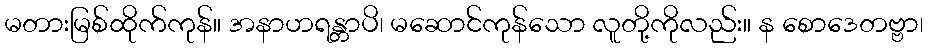
မတားမြစ်ထိုက်ကုန်။ အနာဟရန္တာပိ၊ မဆောင်ကုန်သော လူတို့ကိုလည်း။ န စောဒေတဗ္ဗာ၊